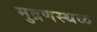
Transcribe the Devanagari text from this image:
मुद्रणस्थळ